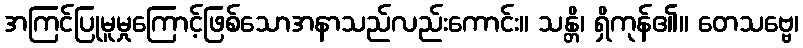
အကြင်ပြုမူမှုကြောင့်ဖြစ်သောအနာသည်လည်းကောင်း။ သန္တိ၊ ရှိကုန်၏။ တေသဗ္ဗေ၊